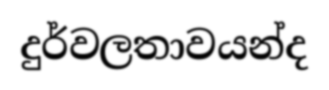
දුර්වලතාවයන්ද